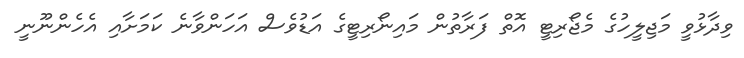
ވިދާޅުވީ މަޖިލީހުގެ މެޖޯރިޓީ އޮތް ފަރާތުން މައިނޯރިޓީގެ އަޑުވެސް އަހަންވާނެ ކަމަށާއި އެހެންނޫނީ